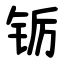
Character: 䥿